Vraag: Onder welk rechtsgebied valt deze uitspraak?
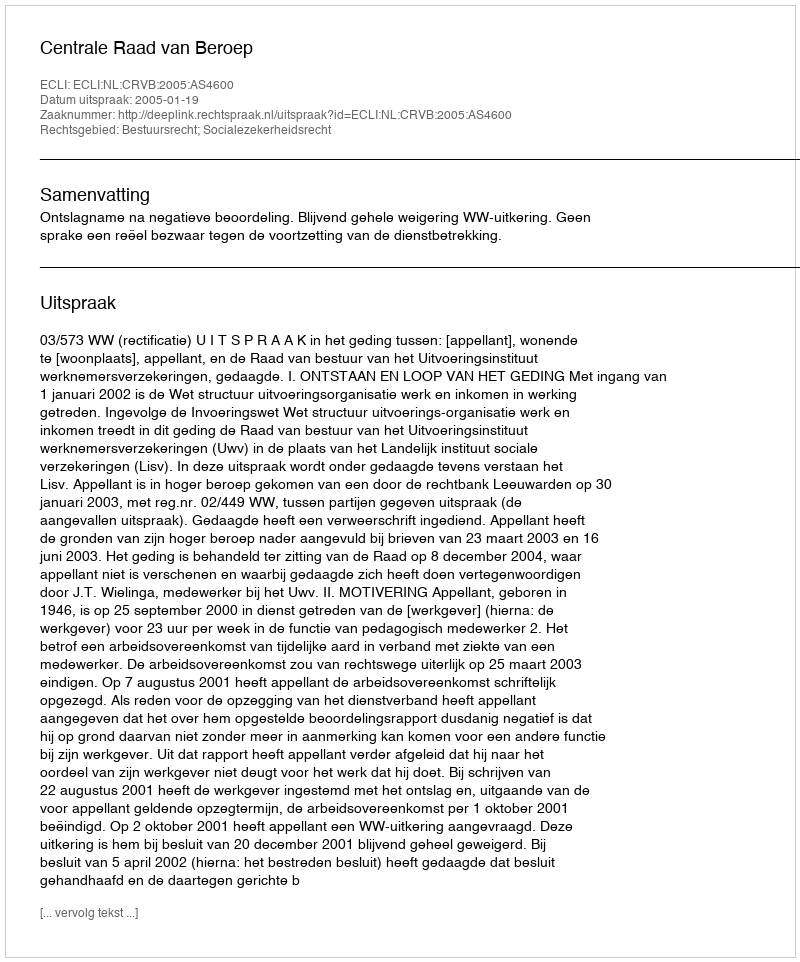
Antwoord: Bestuursrecht; Socialezekerheidsrecht